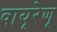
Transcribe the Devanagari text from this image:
वायूरेणू